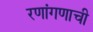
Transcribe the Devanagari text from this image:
रणांगणाची